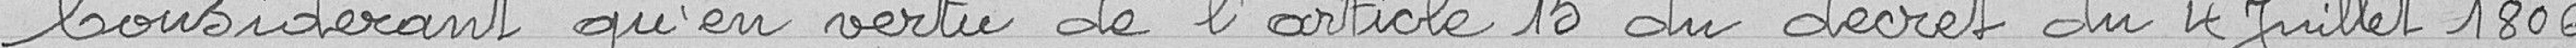
Considérant qu'en vertu de l'article 15 du décret du 4 Juillet 1806.